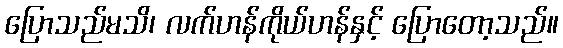
ပြောသည်မသိ၊ လက်ဟန်ကိုယ်ဟန်နှင့် ပြောတော့သည်။